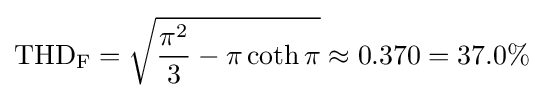
\mathrm {THD_{F}} ={\sqrt {{\frac {\pi ^{2}}{3}}-\pi \coth \pi }}\approx 0.370=37.0\%